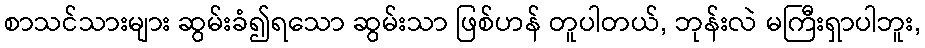
စာသင်သားများ ဆွမ်းခံ၍ရသော ဆွမ်းသာ ဖြစ်ဟန် တူပါတယ်, ဘုန်းလဲ မကြီးရှာပါဘူး,